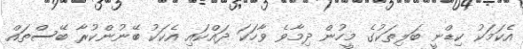
އެކަމަކު ކިޑްނީ ބަލިތަކުގެ މީހުން ދިމާވެ ވާހަކަ ދައްކައި އެކަކު ބޭނުންކުރާ ބޭސްތައް